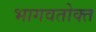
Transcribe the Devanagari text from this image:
भागवतोक्त